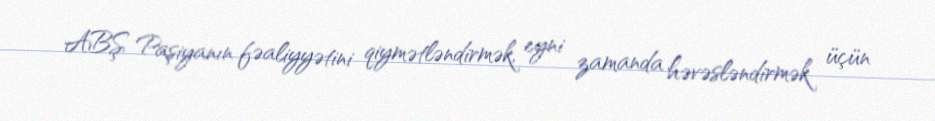
ABŞ Paşiyanın fəaliyyətini qiymətləndirmək, eyni zamanda həvəsləndirmək üçün